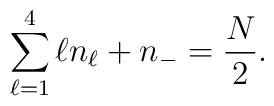
\sum_{\ell=1}^{4} \ell n_{\ell}+n_- = \frac{N}{2} .